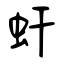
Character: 虷